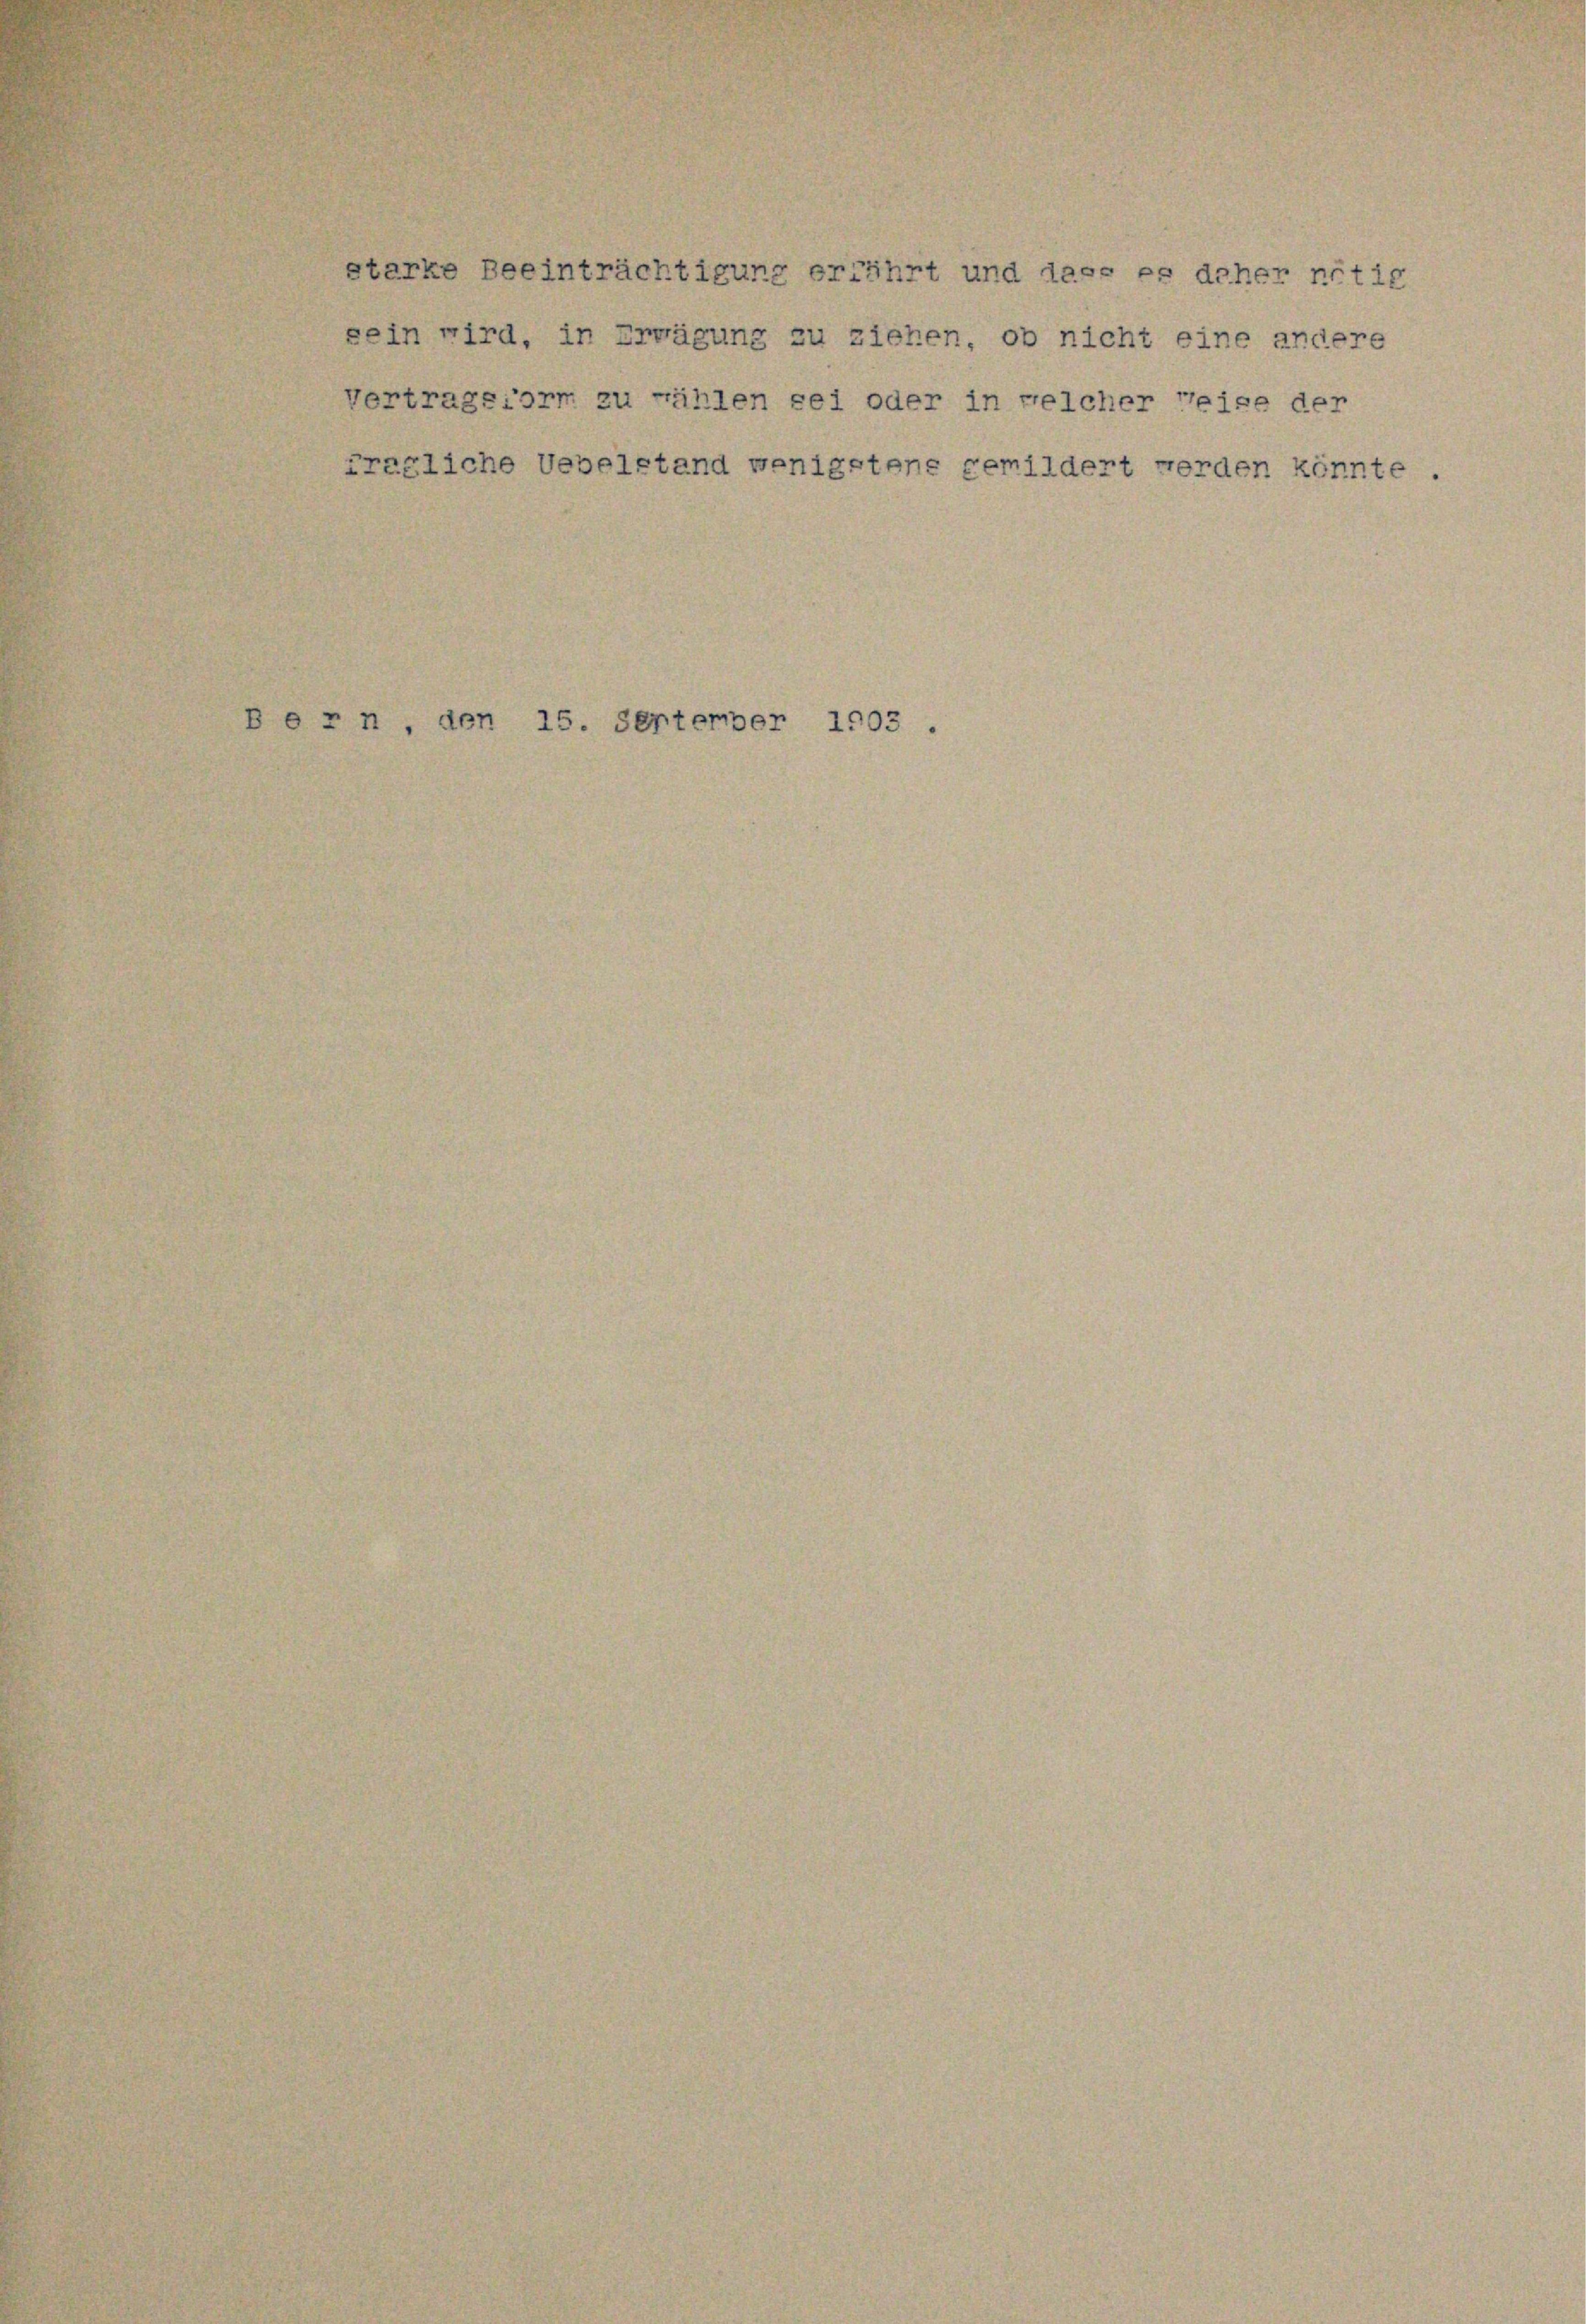
starke Beeinträchtigung erfährt und dass es daher nötig

sein wird, in Erwägung zu ziehen, ob nicht eine andere
Vertragsform zu rählen sei oder in welcher reise der
fragliche Uebelstand wenigstens gemildert werden könnte.

Bern, den 15. Serterber 1903.